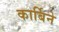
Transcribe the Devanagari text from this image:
कार्बिने